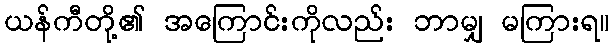
ယန်ကီတို့၏ အကြောင်းကိုလည်း ဘာမျှ မကြားရ။